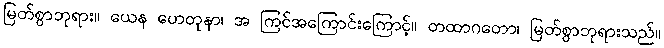
မြတ်စွာဘုရား။ ယေန ဟေတုနာ၊ အ ကြင်အကြောင်းကြောင့်။ တထာဂတော၊ မြတ်စွာဘုရားသည်။